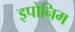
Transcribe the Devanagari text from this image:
इपोनिम